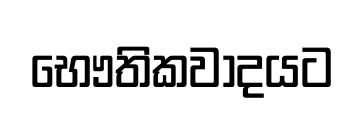
භෞතිකවාදයට